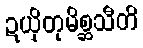
ဍယှိတုမိစ္ဆသီတိ